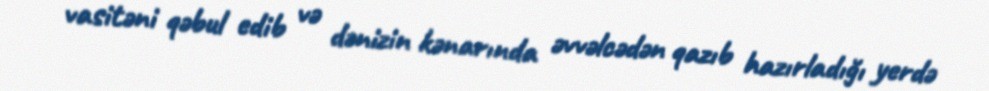
vasitəni qəbul edib və dənizin kənarında əvvəlcədən qazıb hazırladığı yerdə